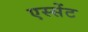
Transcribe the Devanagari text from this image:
एस्सेंट